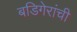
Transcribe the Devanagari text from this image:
बडिगेरांची